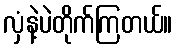
လှံနဲ့ပဲတိုက်ကြတယ်။